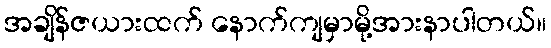
အချိန်ဇယားထက် နောက်ကျမှာမို့အားနာပါတယ်။